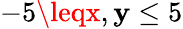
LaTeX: -5\leqx,\mathbf{y}\leq5